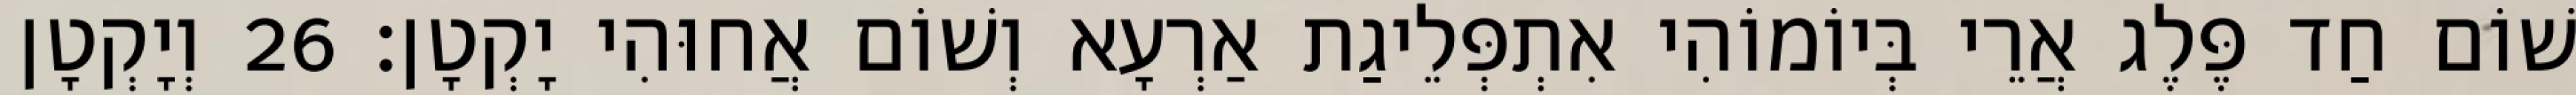
שׁוֹם חַד פֶּלֶג אֲרֵי בְּיוֹמוֹהִי אִתְפְּלֵיגַת אַרְעָא וְשׁוֹם אֲחוּהִי יָקְטָן׃ 26 וְיָקְטָן